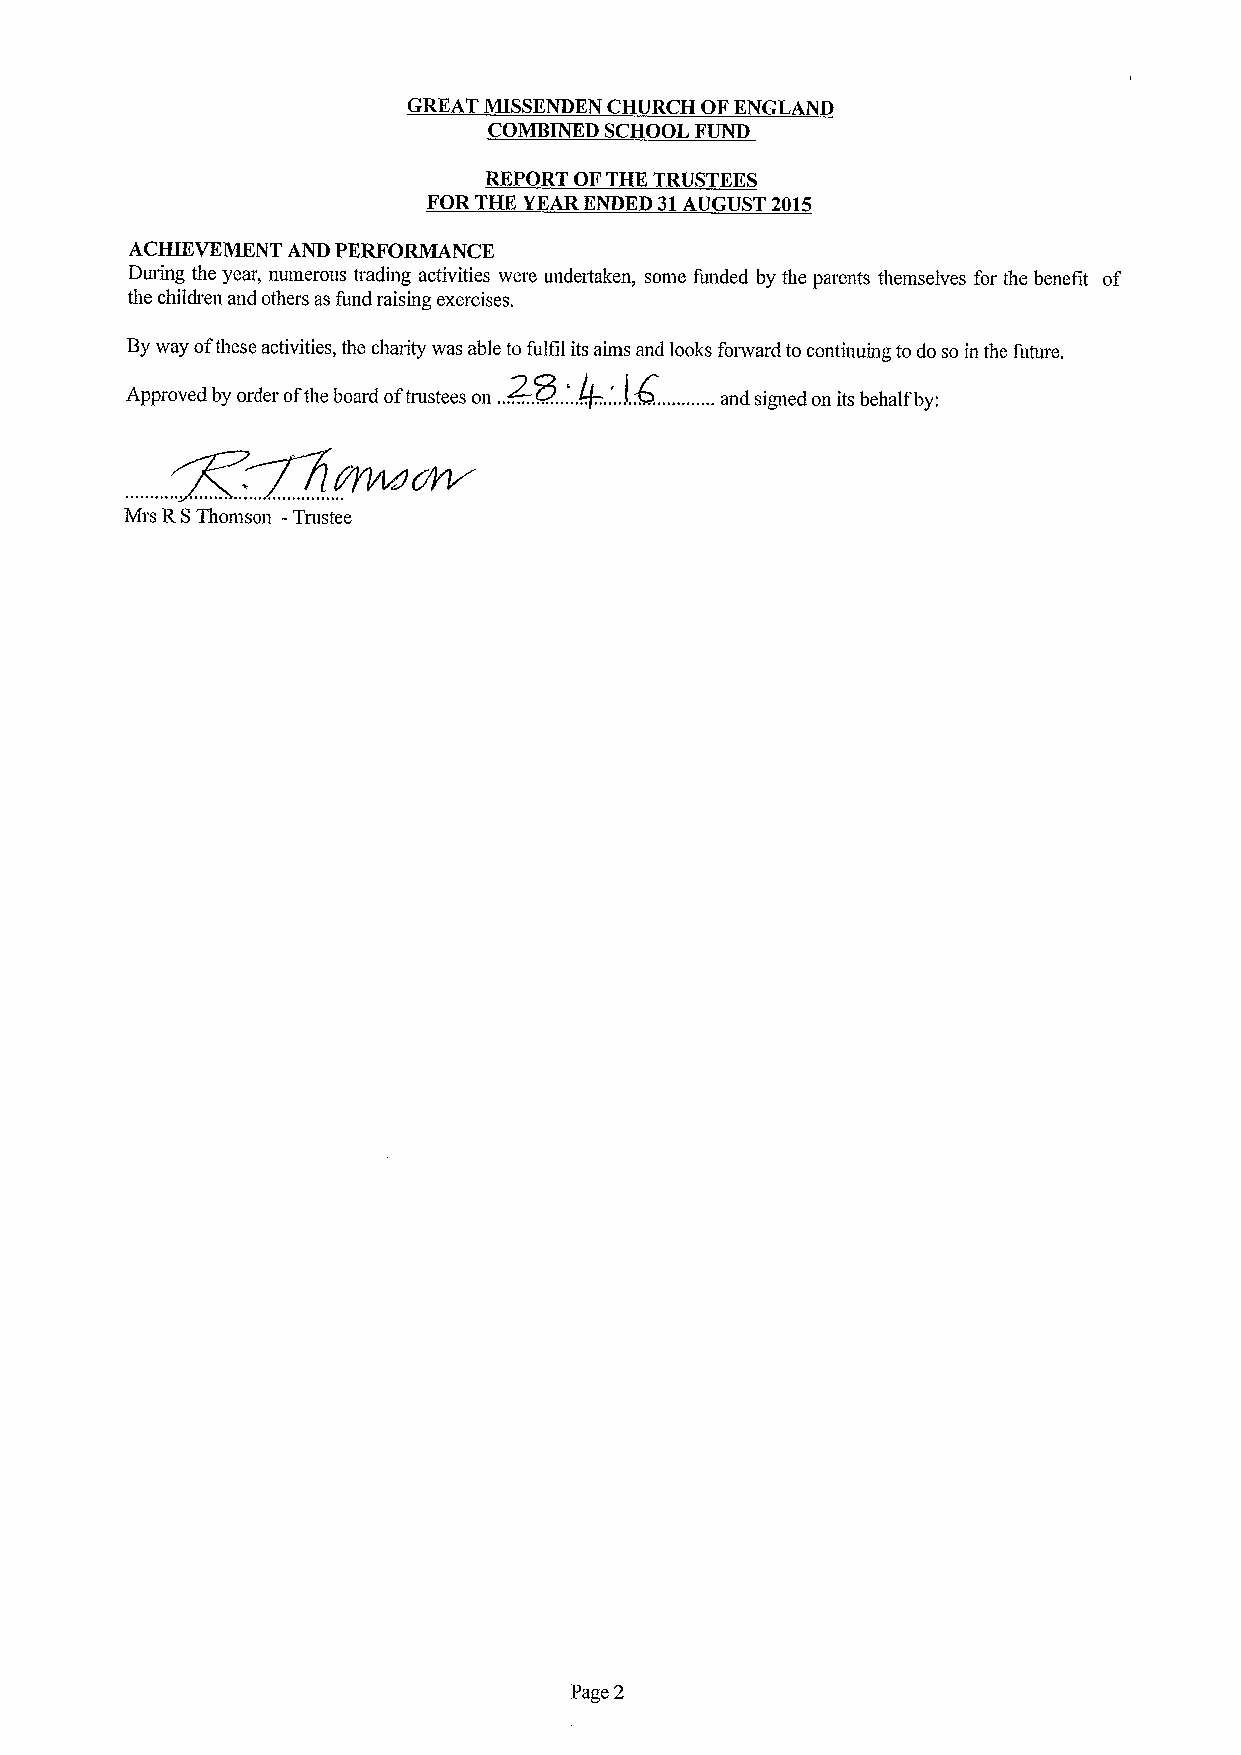
GREAT MISSKNDKN CHURCH OFENGLAND
 COMBINED SCHOOL FUND
 REPORT OFTHK TRUSTEES
 FOR THE YEARENDED 31AUGUST 2015
 ACHIEVEMENT AND PERFORMANCE
 During the year, numerous trading activities were undertaken, some funded by the parents themselves for the benefit of
 the children and others as fund raising exercises.
 Byway ofthese activities, the charity was able tofulfil its aims and looks forward to continuing todo so in the future.
 Approv~ ed by order ofthe board oftrustees on ..+8. ...,$. ...!4. ............and signed on its behalf by:
 Jgplnao]w
 Mrs RSThomson -Trustee
 Page 2